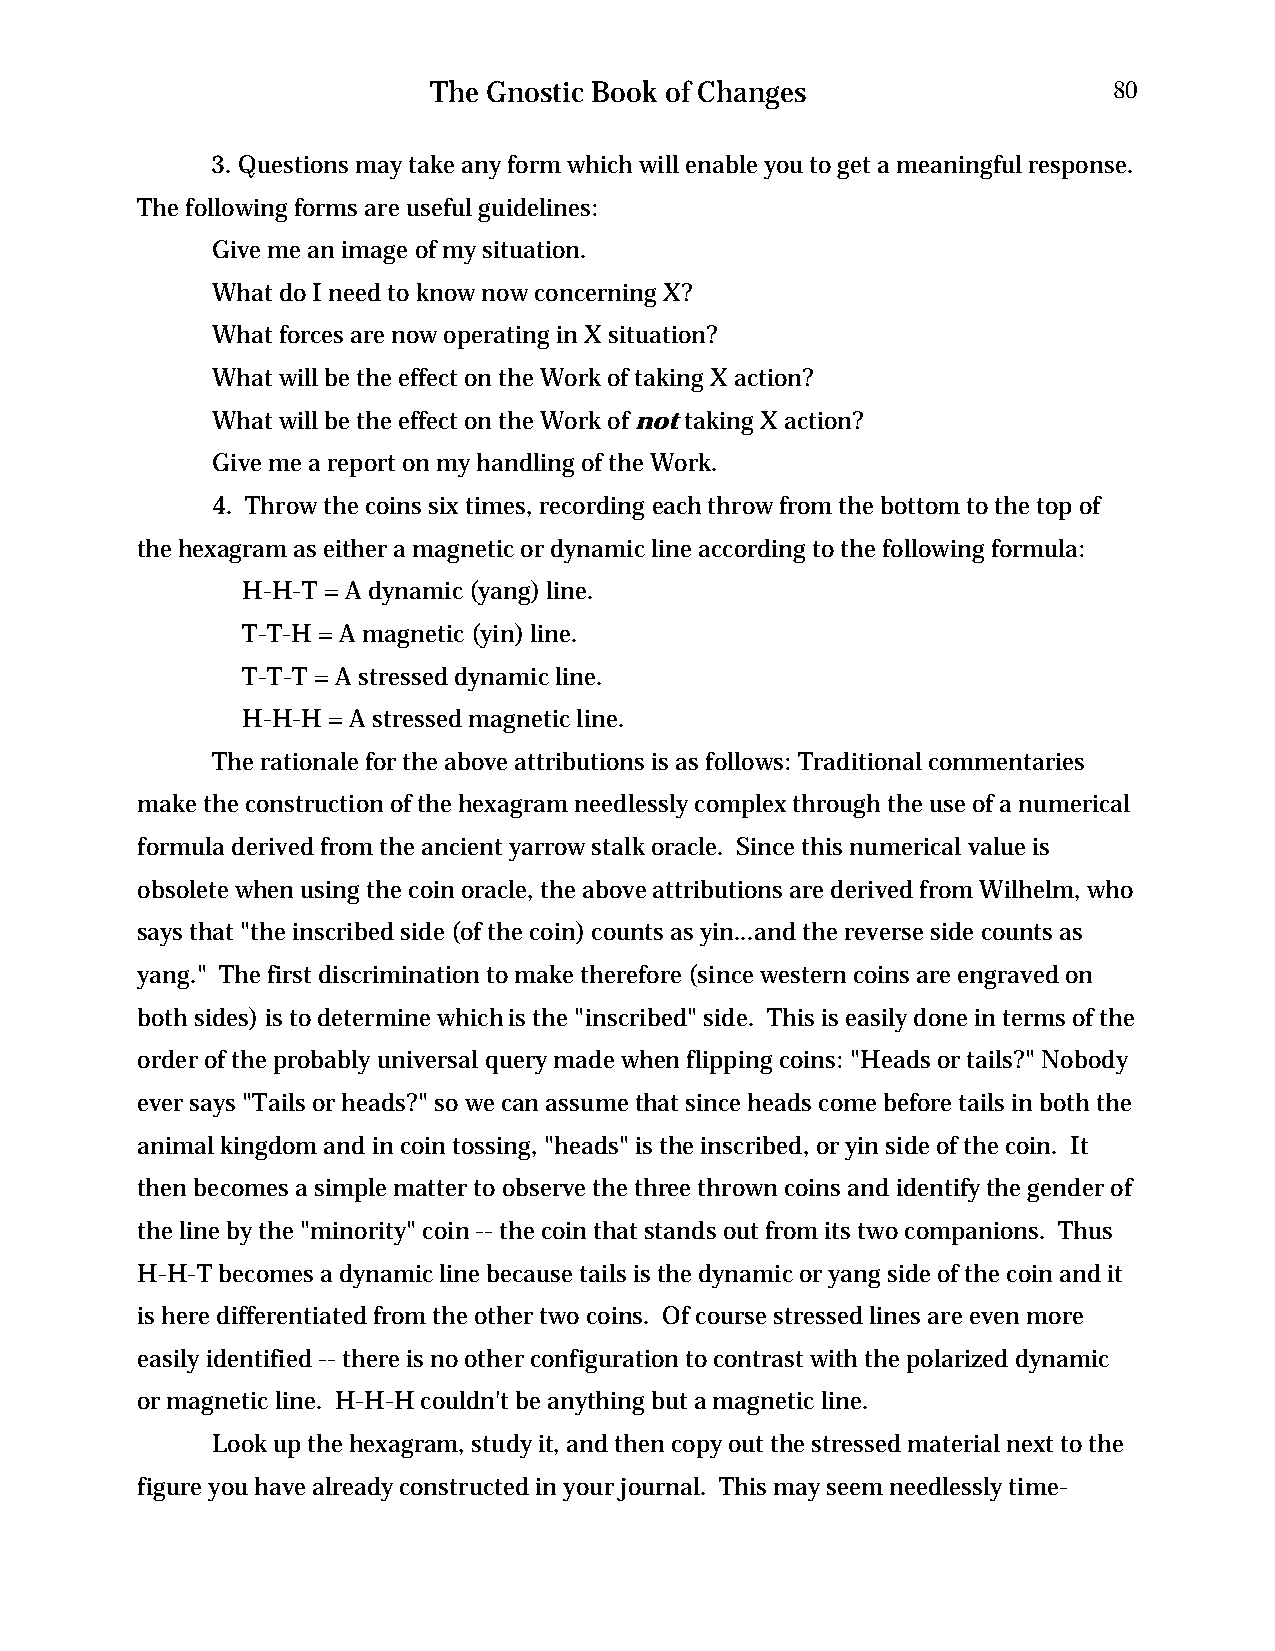
The Gnostic Book of Changes                  80
 3. Questions may take any form which will enable you to get a meaningful response.
 The following forms are useful guidelines:
 Give me an image of my situation.
 What do I need to know now concerning X?
 What forces are now operating in X situation?
 What will be the effect on the Work of taking X action?
 What will be the effect on the Work of not taking X action?
 Give me a report on my handling of the Work.
 4. Throw the coins six times, recording each throw from the bottom to the top of
 the hexagram as either a magnetic or dynamic line according to the following formula:
 H-H-T = A dynamic (yang) line.
 T-T-H = A magnetic (yin) line.
 T-T-T = A stressed dynamic line.
 H-H-H = A stressed magnetic line.
 The rationale for the above attributions is as follows: Traditional commentaries
 make the construction of the hexagram needlessly complex through the use of a numerical
 formula derived from the ancient yarrow stalk oracle. Since this numerical value is
 obsolete when using the coin oracle, the above attributions are derived from Wilhelm, who
 says that "the inscribed side (of the coin) counts as yin...and the reverse side counts as
 yang." The first discrimination to make therefore (since western coins are engraved on
 both sides) is to determine which is the "inscribed" side. This is easily done in terms of the
 order of the probably universal query made when flipping coins: "Heads or tails?" Nobody
 ever says "Tails or heads?" so we can assume that since heads come before tails in both the
 animal kingdom and in coin tossing, "heads" is the inscribed, or yin side of the coin. It
 then becomes a simple matter to observe the three thrown coins and identify the gender of
 the line by the "minority" coin -- the coin that stands out from its two companions. Thus
 H-H-T becomes a dynamic line because tails is the dynamic or yang side of the coin and it
 is here differentiated from the other two coins. Of course stressed lines are even more
 easily identified -- there is no other configuration to contrast with the polarized dynamic
 or magnetic line. H-H-H couldn't be anything but a magnetic line.
 Look up the hexagram, study it, and then copy out the stressed material next to the
 figure you have already constructed in your journal. This may seem needlessly time-